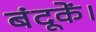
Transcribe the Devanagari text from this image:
बंदूकें।